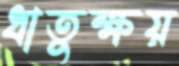
ধাতুক্ষয়